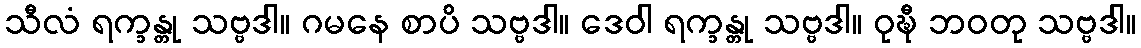
သီလံ ရက္ခန္တု သဗ္ဗဒါ။ ဂမနေ စာပိ သဗ္ဗဒါ။ ဒေဝါ ရက္ခန္တု သဗ္ဗဒါ။ ဝုဍ္ဎီ ဘဝတု သဗ္ဗဒါ။